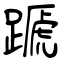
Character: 蹏